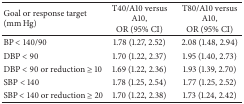
| Goal or response target (mm Hg) | T40/A10 versus A10, OR (95% CI) | T80/A10 versus A10, OR (95% CI) |
 | --- | --- | --- |
 | BP < 140/90 | 1.78 (1.27, 2.52) | 2.08 (1.48, 2.94) |
 | DBP < 90 | 1.70 (1.22, 2.37) | 1.95 (1.40, 2.73) |
 | DBP < 90 or reduction ≥ 10 | 1.69 (1.22, 2.36) | 1.93 (1.39, 2.70) |
 | SBP < 140 | 1.78 (1.25, 2.54) | 1.77 (1.25, 2.52) |
 | SBP < 140 or reduction ≥ 20 | 1.70 (1.22, 2.38) | 1.73 (1.24, 2.42) |